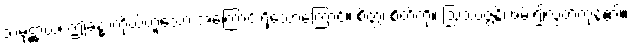
သမုဋ္ဌာယ၊ ဤခန္ဓာကိုယ်ဟူသော အကြောင်းရှိသောကြောင့်။ စိတ္တံ၊ စိတ်ကို။ ဩဿဇ္ဇန္တိ၊ ဖမ်း၍လွှတ်ကုန်၏။